Vaccination in Bombay 1889-1901 - 1889-1901
Year: 1889
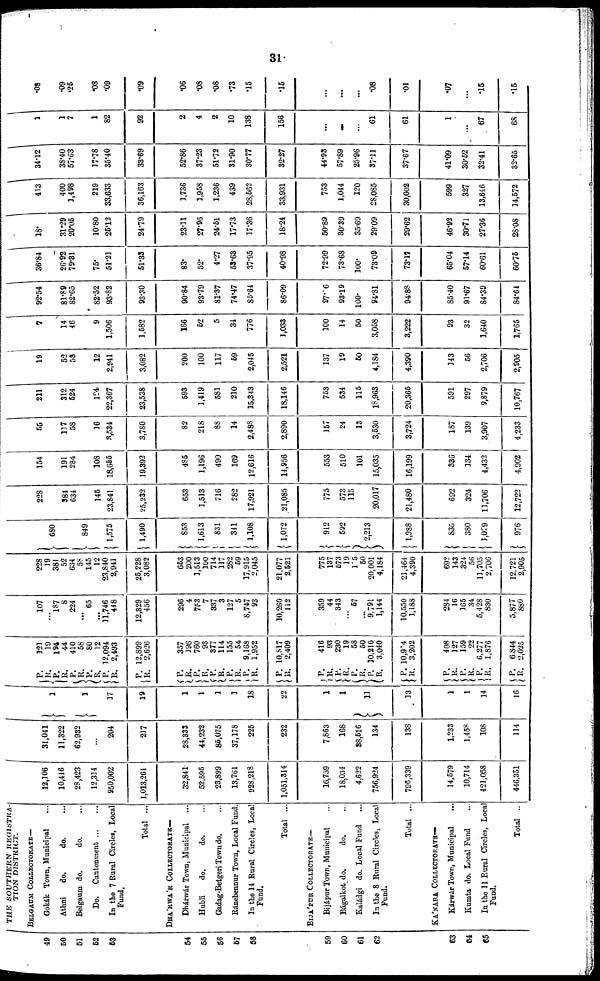
31
49
50
51
52
53
54
55
56
57
58
59
60
61
62
63
64
65
THE SOUTHERN REGISTRA-
TION DISTRICT.
BELGAUM COLLECTORATE—
Gokák Town, Municipal ...
Athni
do.
do. ...
Belgaum do.
do. ...
Do.
Cantonment
...
...
In the 7 Rural Circles, Local
Fund.
Total ...
DHA'RWA'R COLLECTORATE—
Dhárwár Town, Municipal ...
Hubli
do.
do. ...
Gadag-Betgeri Town do. ...
Ránebennur Town, Local Fund.
In the 14 Rural Circles, Local
Fund.
Total ...
BIJA'PUR COLLECTORATE—
Bijápur Town, Municipal ...
Bágalkot do.
do. ...
Kaládgi do. Local Fund ...
In the 8 Rural Circles, Local
Fund.
Total ...
KA'NARA COLLECTORATE—
Kárwár Town, Municipal
...
Kumta do. Local Fund ...
In the 11 Rural Circles, Local
Fund.
Total ..
12,106
10,416
28,423
12,314
950,002
1,013,261
32,841
52,595
23,899
13,761
928,218
1,051,314
16,759
18,034
4,622
756,924
796,339
14,579
10,714
421,058
446,351
31,041
11,322
62,932
...
204
217
28,333
44,232
85,075
37,178
225
232
7,863
168
88,516
134
138
1,233
1,458
108
114
1
1
17
19
1
1
1
1
18
22
1
1
11
13
1
1
14
16
P.
R.
P.
R.
P.
R.
P.
R.
P.
R.
P.
R.
P.
R.
P.
R.
P. R.
P.
R.
P.
R.
P.
R.
P.
R.
P.
R.
P.
R.
P.
R.
P.
R.
P.
R.
P.
R.
P.
R.
P.
R.
121
19
194
44
410
58
80
12
12,094
2,493
12,899
2,626
357
196
760
93
377
114
155
54
9,168
1,952
10,817
2,409
416
93
230
19
58
50
10,210
3,040
10,904
3,202
408
127
159
22
6,277
1,876
6,844
2,025
107
...
187
8
224
...
65
...
11,746
448
12,329
456
296
4
753
7
337
3
127
5
8,747
93
10,260
112
359
44
343
...
57
...
9,791
1,144
10,550
1,188
284
16
165
34
5,428
830
5,877
880
228
19
381
52
634
58
145
12
23,840
2,941
25,228
3,082
653
200
1,513
100
714
117
282
59
17,915
2,045
21,077
2,521
775
137
573
19
105
50
20,001
4,184
21,464
4,390
692
143
324
56
11,705
2,706
12,721
2,905
680
849
1,575
1,490
853
1,613
831
341
1,108
1,072
912
592
2,213
1,988
835
380
1,029
976
228
384
634
145
23,841
25,232
653
1,513
716
282
17,921
21,085
775
573
115
20,017
21,480
692
324
11,706
12,722
154
191
284
108
18,655
19,392
485
1,196
490
169
12,616
14,956
553
510
101
15,035
16,199
336
134
4,432
4,962
55
117
58
16
3,534
3,780
82
218
88
14
2,488
2,890
157
24
13
3,530
3,724
187
139
3,907
4,233
211
312
524
124
22,367
23,538
593
1,419
581
210
15,343
18,146
753
534
115
18,963
20,365
591
297
9,879
10,767
19
52
58
12
2,941
3,082
200
100
117
59
2,045
2,521
137
19
50
4,184
4,390
143
56
2,706
2,905
7
14
46
9
1,506
1,582
166
52
5
34
776
1,033
100
14
50
3,058
3,222
93
32
1,640
1,765
92.54
81.89
82.65
82.52
93.82
93.30
90.84
93.79
81.37
74.47
85.64
86.09
97.6
93.19
100.
94.81
94.88
85.40
91.67
84.39
84.64
36.84
26.92
79.31
75.
51.21
51.33
83.
52.
4.27
53.63
37.95
40.98
72.99
73.68
100.
73.09
73.17
65.04
57.14
60.61
60.75
18.
31.29
20.05
10.80
25.12
24.79
23.11
27.96
24.51
17.73
17.36
18.24
50.89
30.39
35.69
29.09
29.62
46.92
30.71
27.36
28.08
413
400
1,498
219
33,633
36,163
1,736
1,958
1,236
439
28,562
33,931
753
1,044
120
28,085
30,002
599
327
13,646
14,572
34.12
38.40
57.63
17.78
35.40
33.69
52.86
37.23
51.72
31.90
30.77
32.27
44.93
57.89
25.96
37.11
37.67
41.09
30.52
32.41
32.65
1
1
7
1
82
92
2
4
2
10
138
156
...
...
...
61
61
1
...
67
68
.08
.09
.25
.08
.09
.09
.06
.08
.08
.73
.15
.15
...
...
...
.08
.01
.07
...
.15
.15